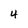
Character: 4